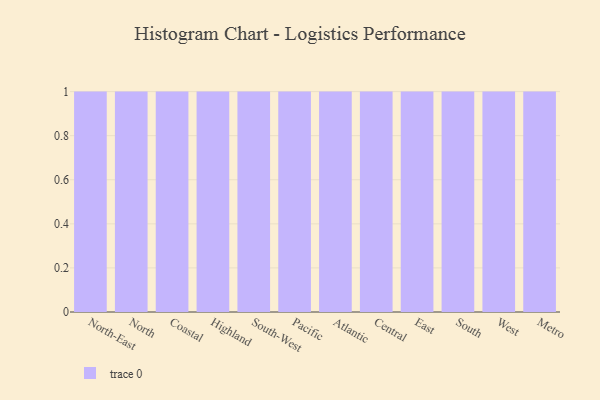
{"axis": {"x": "Region", "y": "Humidity (%)"}, "legend": [""], "data": [{"x": "North-East", "y": 2, "type": ""}, {"x": "North", "y": 34, "type": ""}, {"x": "Coastal", "y": 86, "type": ""}, {"x": "Highland", "y": 18, "type": ""}, {"x": "South-West", "y": 21, "type": ""}, {"x": "Pacific", "y": 41, "type": ""}, {"x": "Atlantic", "y": 41, "type": ""}, {"x": "Central", "y": 30, "type": ""}, {"x": "East", "y": 39, "type": ""}, {"x": "South", "y": 20, "type": ""}, {"x": "West", "y": 96, "type": ""}, {"x": "Metro", "y": 82, "type": ""}]}